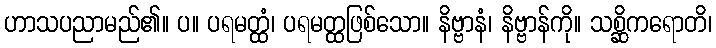
ဟာသပညာမည်၏။ ပ။ ပရမတ္ထံ၊ ပရမတ္ထဖြစ်သော။ နိဗ္ဗာနံ၊ နိဗ္ဗာန်ကို။ သစ္ဆိကရောတိ၊